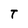
Character: T